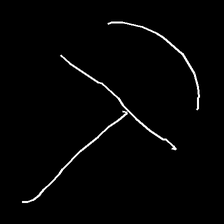
Glyph: dispersion